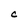
Character: C